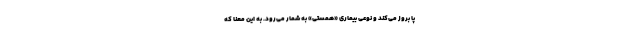
پا بروز می‌کند و نوعی بیماری «همستی» به شمار می‌رود. به این معنا که